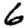
Digit: 6